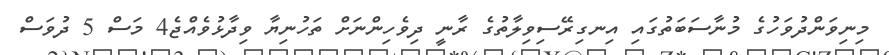
މިނިވަންދުވަހުގެ މުނާސަބަތުގައި އިނގިރޭސިވިލާތުގެ ރާނީ ދިވެހިންނަށް ތަހުނިޔާ ވިދާޅުވެއްޖެ4 މަސް 5 ދުވަސް